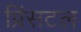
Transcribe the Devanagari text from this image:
प्रिंसटल